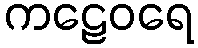
ကဠေဝရေ